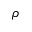
\rho